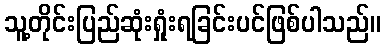
သူ့တိုင်းပြည်ဆုံးရှုံးရခြင်းပင်ဖြစ်ပါသည်။